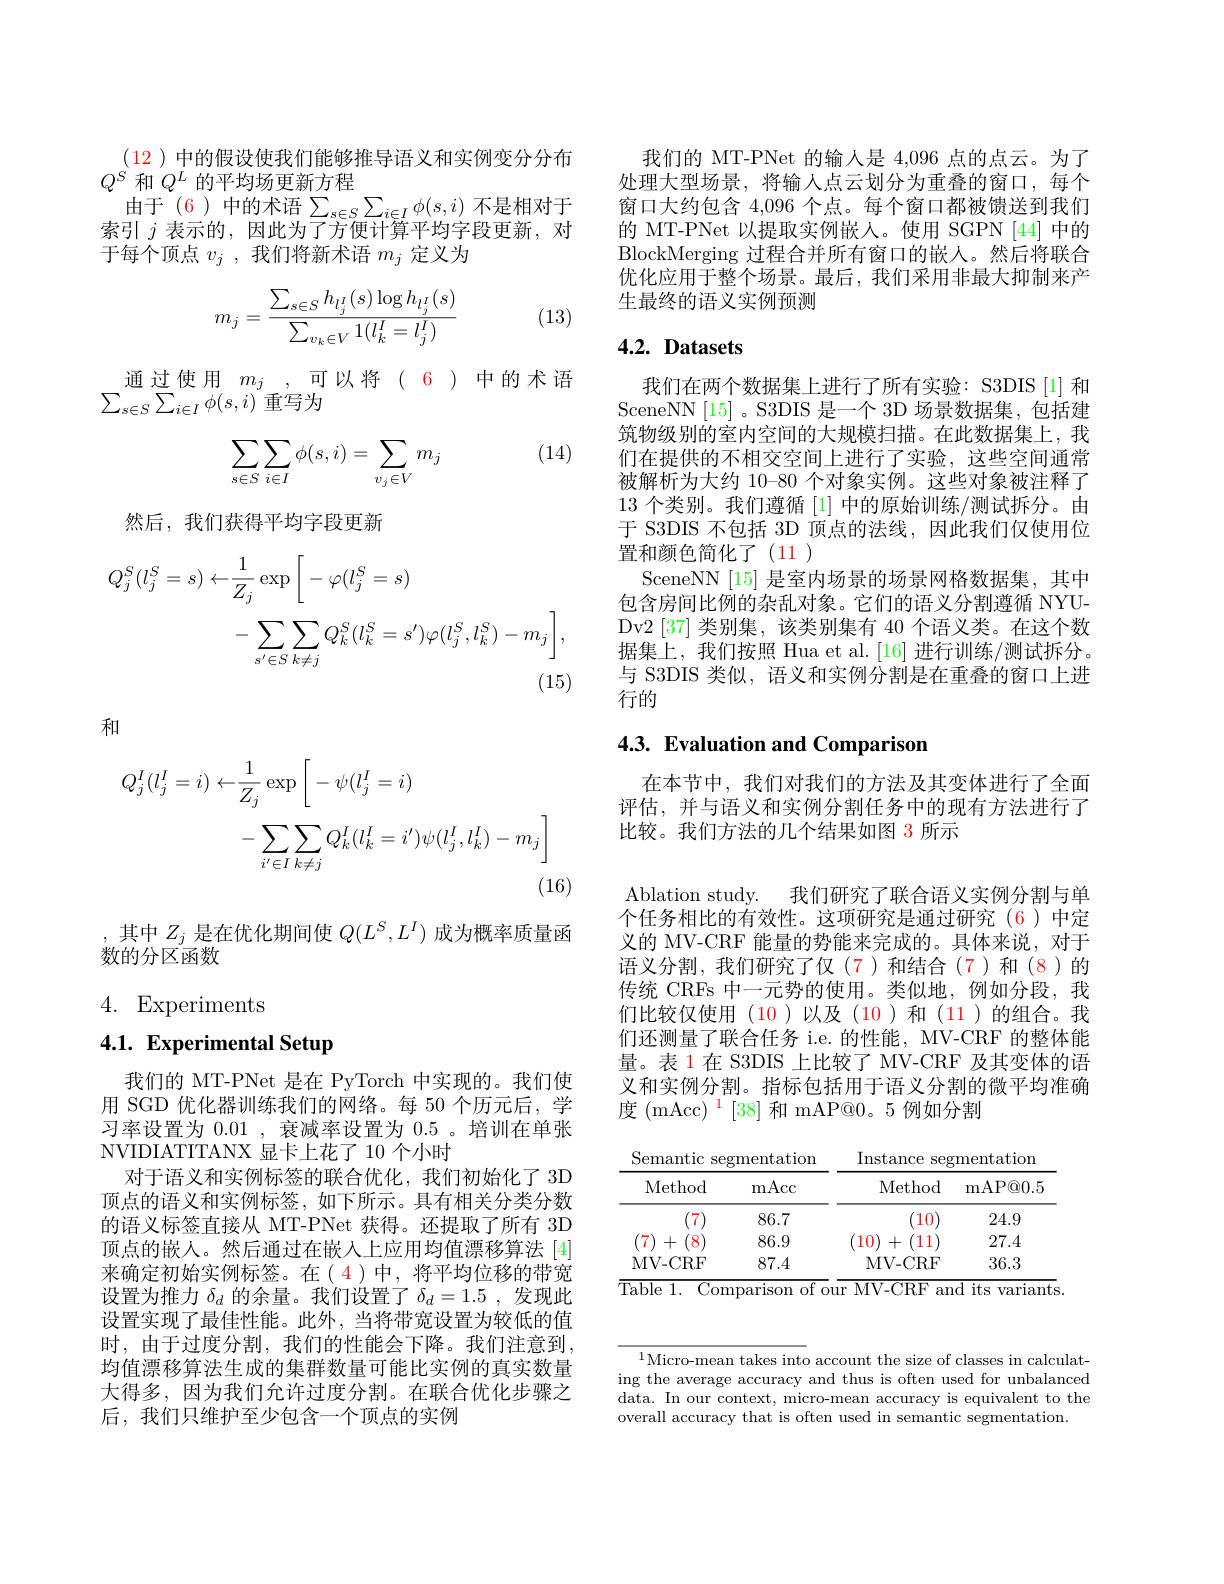
(12 )中的假设使我们能够推导语义和实例变分分布
$Q^S$和$Q^L$的平均场更新方程
由于(6)中的术语$\sum_s\in S\sum_{i\in I}\phi(s,i)$ 不是相对于索引$j$表示的，因此为了方便计算平均字段更新，对于每个顶点$v_j$ ,我们将新术语$m_j$定义为
$$m_j=\dfrac{\sum_{s\in S}h_{l_j^I}(s)\log h_{l_j^I}(s)}{\sum_{v_k\in V}1(l_k^I=l_j^I)}$$
(13)

通过使用$m_j$,可以将(6)中的术语
$\sum_{s\in S}\sum_{i\in I}\phi(s,i)$重写为

(14)
$$\begin{aligned}\sum_{s\in S}\sum_{i\in I}\phi(s,i)=\sum_{v_j\in V}m_j\end{aligned}$$
然后，我们获得平均字段更新
$$\begin{aligned}Q_{j}^{S}(l_{j}^{S}=s)\leftarrow&\frac{1}{Z_{j}}\exp\bigg[-\varphi(l_{j}^{S}=s)\\&-\sum_{s^{\prime}\in S}\sum_{k\neq j}Q_{k}^{S}(l_{k}^{S}=s^{\prime})\varphi(l_{j}^{S},l_{k}^{S})-m_{j}\bigg],\end{aligned}$$
和
$$\begin{aligned}Q_{j}^{I}(l_{j}^{I}=i)&\leftarrow\frac{1}{Z_{j}}\exp\left[-\psi(l_{j}^{I}=i)\right]\\&-\sum_{i^{\prime}\in I}\sum_{k\neq j}Q_{k}^{I}(l_{k}^{I}=i^{\prime})\psi(l_{j}^{I},l_{k}^{I})-m_{j}\biggr]\end{aligned}$$
,其中$Z_j$是在优化期间使$Q(L^S,L^I)$成为概率质量函
数的分区函数

4. Experiments

# 4.1. Experimental Setup

我们的 MT-PNet 是在 PyTorch 中实现的。我们使用 SGD 优化器训练我们的网络。每 50 个历元后，学习率设置为0.01,衰减率设置为0.5 。培训在单张NVIDIATITANX 显卡上花了 10 个小时
对于语义和实例标签的联合优化，我们初始化了 3D 顶点的语义和实例标签，如下所示。具有相关分类分数的语义标签直接从 MT-PNet 获得。还提取了所有 3D 顶点的嵌入。然后通过在嵌入上应用均值漂移算法 [4] 来确定初始实例标签。在(4)中，将平均位移的带宽设置为推力$\delta_d$的余量。我们设置了$\delta_d=1.5$,发现此设置实现了最佳性能。此外，当将带宽设置为较低的值时，由于过度分割，我们的性能会下降。我们注意到均值漂移算法生成的集群数量可能比实例的真实数量大得多，因为我们允许过度分割。在联合优化步骤之后，我们只维护至少包含一个顶点的实例

我们的 MT-PNet 的输入是 4,096 点的点云。为了处理大型场景，将输入点云划分为重叠的窗口，每个窗口大约包含 4,096 个点。每个窗口都被馈送到我们的 MT-PNet 以提取实例嵌人。使用 SGPN [44] 中的BlockMerging 过程合并所有窗口的嵌人。然后将联合优化应用于整个场景。最后，我们采用非最大抑制来产生最终的语义实例预测

# 4.2. Datasets

我们在两个数据集上进行了所有实验：S3DIS[1]和SceneNN[15]。S3DIS 是一个 3D 场景数据集，包括建筑物级别的室内空间的大规模扫描。在此数据集上，我们在提供的不相交空间上进行了实验，这些空间通常被解析为大约 10-80 个对象实例。这些对象被注释了13 个类别。我们遵循[1]中的原始训练/测试拆分。由于 S3DIS 不包括 3D 顶点的法线，因此我们仅使用位置和颜色简化了(11)
SceneNN[15] 是室内场景的场景网格数据集，其中包含房间比例的杂乱对象。它们的语义分割遵循 NYUDv2 [37] 类别集，该类别集有 40 个语义类。在这个数据集上，我们按照 Hua et al.[16] 进行训练/测试拆分。与 S3DIS 类似，语义和实例分割是在重叠的窗口上进行的

## 4.3. Evaluation and Comparison

在本节中，我们对我们的方法及其变体进行了全面评估，并与语义和实例分割任务中的现有方法进行了比较。我们方法的几个结果如图 3 所示

Ablation study. 我们研究了联合语义实例分割与单个任务相比的有效性。这项研究是通过研究(6)中定义的 MV-CRF 能量的势能来完成的。具体来说，对于语义分割，我们研究了仅(7)和结合(7)和(8)的传统 CRFs 中一元势的使用。类似地，例如分段，我们比较仅使用(10)以及(10)和(11)的组合。我们还测量了联合任务 i.e. 的性能，MV-CRF 的整体能量。表 1 在 S3DIS 上比较了 MV-CRF 及其变体的语义和实例分割。指标包括用于语义分割的微平均准确度 (mAcc) $^1[38]$和 mAP@0。5 例如分割

<table>
	<tbody>
		<tr>
			<th>Method</th>
			<th>mAcc</th>
			<th>Method</th>
			<th>${\mathrm{mAP@}}0.5$</th>
		</tr>
		<tr>
			<td>7</td>
			<td>86.7</td>
			<td>10</td>
			<td>24.9</td>
		</tr>
		<tr>
			<td>7 + 8</td>
			<td>86.9</td>
			<td>10 11 十</td>
			<td>27.4</td>
		</tr>
		<tr>
			<td>MV- CRF</td>
			<td>87.4</td>
			<td>MV- CRF</td>
			<td>36.3</td>
		</tr>
	</tbody>
</table>
$\overline{\text{Table 1. Comparison of our MV-CRF and its variants}}.$

$^{1}$Micro-mean takes into account the size of classes in calculating the average accuracy and thus is often used for unbalanced data. In our context, micro-mean accuracy is equivalent to the overall accuracy that is often used in semantic segmentation.